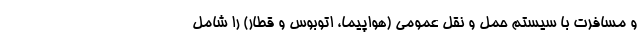
و مسافرت با سیستم حمل و نقل عمومی (هواپیما، اتوبوس و قطار) را شامل